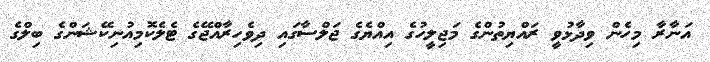
އަނާރާ މިހެން ވިދާޅުވީ ރައްޔިތުންގެ މަޖިލީހުގެ އިއްޔެގެ ޖަލްސާގައި ދިވެހިރާއްޖޭގެ ޓެލެކޮމިއުނިކޭޝަންގެ ބިލްގެ